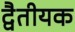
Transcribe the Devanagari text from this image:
द्वैतीयक